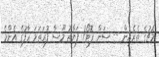
މެޗުގެ ތެރެއިން -- ސަން ފޮޓޯ/ ފަޔާޒު މޫސާ ފުރަތަމަ ހާފުގެ އެންމެ